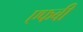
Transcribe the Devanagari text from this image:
एफबी